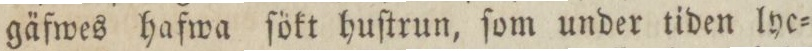
gäfwes hafwa ſökt huſtrun, ſom under tiden lye=